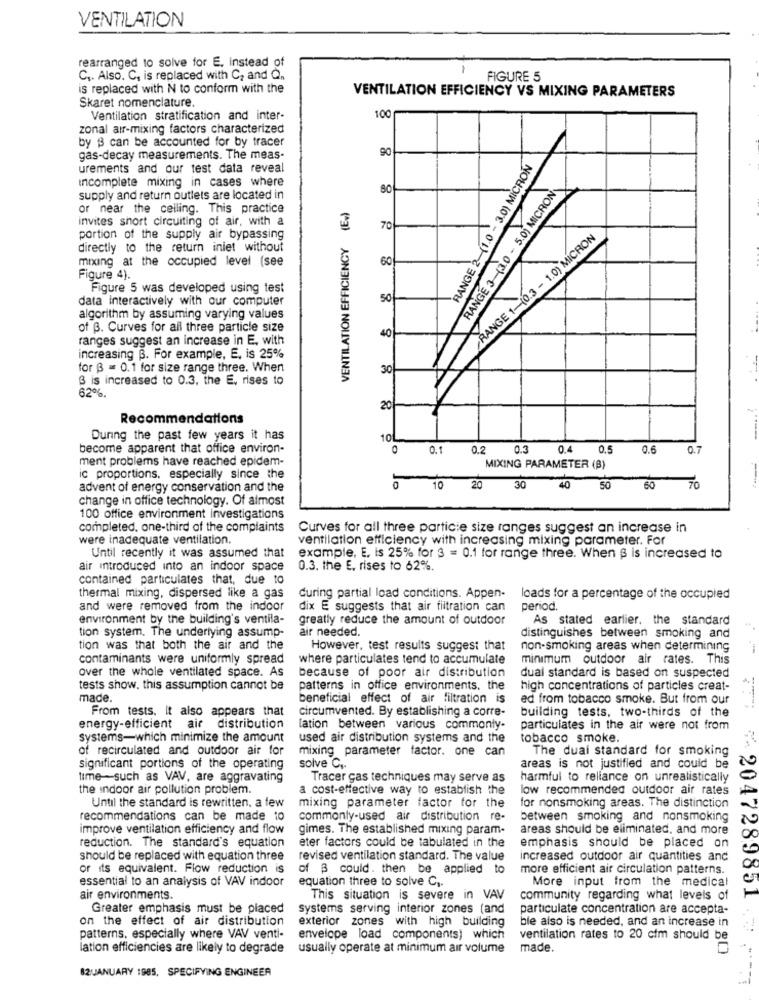
VENTILATION
rearranged to solve for E. instead of
C ,. Also. C, is replaced with C, and Q ..
FIGURE 5
is replaced with N to conform with the
VENTILATION EFFICIENCY VS MIXING PARAMETERS
Skaret nomenclature.
Ventilation stratification and inter-
100
zonal air-mixing factors characterized
by $ can be accounted for by tracer
90
gas-decay measurements. The meas-
RANGE 2-(1.0 - 3.0) MICRON
urements and our test data reveal
incomplete mixing in cases where
80
RANGE 3-(3.0 - 5.0) MICRON
supply and return outlets are located in
VENTILATION EFFICIENCY (E)
or near the ceiling. This practice
invites short circuiting of air, with a
70
RANGE 1-(0.3 - 1.0) MÍCRON
portion of the supply air bypassing
directly to the return iniet without
mixing at the occupied level (see
60
Figure 4).
Figure 5 was developed using test
data interactively with our computer
50
algorithm by assuming varying values
of B. Curves for all three particle size
40
ranges suggest an increase in E. with
increasing B. For example, E, is 25%
for B = 0.1 for size range three. When
30
3 is increased to 0.3, the E, rises to
62%.
20
Recommendations
During the past few years it has
10
10L
become apparent that office environ-
0.1
0.2
0.3 0.4 0.5
0.6
0.7
ment problems have reached epidem-
or
MIXING PARAMETER (B)
ic proportions, especially since the
advent of energy conservation and the
10
20
30
40
50
change in office technology. Of almost
100 office environment investigations
completed. one-third of the complaints
Curves for all three particie size ranges suggest an increase in
were inadequate ventilation.
ventilation efficiency with increasing mixing parameter. For
Until recently it was assumed that
example, E. is 25% for 3 = 0.1 for range three. When $ is increased to
air introduced into an indoor space
0.3. the E, rises to 62%.
contained particulates that, due to
thermal mixing, dispersed like a gas
during partial load conditions. Appen-
loads for a percentage of the occupied
and were removed from the indoor
dix E suggests that air filtration can
period.
environment by the building's ventila-
greatly reduce the amount of outdoor
As stated earlier, the standard
tion system. The underlying assump-
air needed.
distinguishes between smoking and
tion was that both the air and the
However, test results suggest that
non-smoking areas when determining
contaminants were uniformly spread
where particulates tend to accumulate
minimum outdoor air rates. This
over the whole ventilated space. As
because of poor air distribution
dual standard is based on suspected
tests show, this assumption cannot be
patterns in office environments. the
high concentrations of particles creat-
made.
beneficial effect of air filtration is
ed from tobacco smoke. But from our
From tests. it also appears that
circumvented. By establishing a corre-
building tests, two-thirds of the
energy-efficient air distribution
lation between various commonly-
particulates in the air were not from
systems-which minimize the amount
used air distribution systems and the
tobacco smoke.
of recirculated and outdoor air for
mixing parameter factor. one can
The dual standard for smoking
N
significant portions of the operating
solve Cr
areas is not justified and could be
time- such as VAV, are aggravating
Tracer gas techniques may serve as
harmful to reliance on unrealistically
the indoor air pollution problem.
a cost-effective way to establish the
low recommended outdoor air rates
Until the standard is rewritten, a few
mixing parameter factor for the
for nonsmoking areas. The distinction
recommendations can be made to
commonly-used air distribution re-
between smoking and nonsmoking
improve ventilation efficiency and flow
gimes. The established mixing param.
areas should be eliminated, and more
00
eter factors could be tabulated in the
emphasis should be placed on
reduction. The standard's equation
should be replaced with equation three
revised ventilation standard. The value
increased outdoor air quantities and
or its equivalent. Flow reduction is
of 3 could. then be applied to
more efficient air circulation patterns.
essential to an analysis of VAV indoor
equation three to solve Cy.
More input from the medical
air environments.
This situation is severe in VAV
community regarding what levels of
Greater emphasis must be placed
systems serving interior zones (and
particulate concentration are accepta-
on the effect of air distribution
exterior zones with high building
ble also is needed, and an increase in
patterns, especially where VAV venti-
envelope load components) which
ventilation rates to 20 cim should be
----
ation efficiencies are likely to degrade
usually operate at minimum air volume
made.
82JANUARY 1985, SPECIFYING ENGINEER